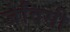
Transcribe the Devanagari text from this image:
जेविसी